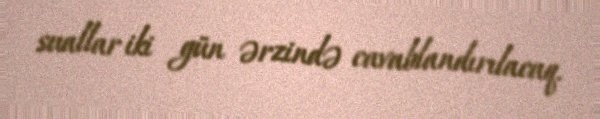
suallar iki gün ərzində cavablandırılacaq.